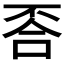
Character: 𱍛